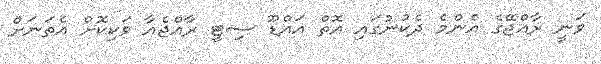
ވަނީ ރާއްޖޭގެ އެންމެ ދެކުނުގައި އޮތް އައްޑޫ ސިޓީ ރާއްޖެއާ ވަކިކޮށް އެތަނަށް